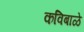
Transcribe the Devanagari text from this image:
कविबाळे